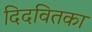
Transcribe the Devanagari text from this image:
दिदवितका